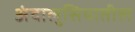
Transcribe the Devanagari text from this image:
अंदालुसियातील